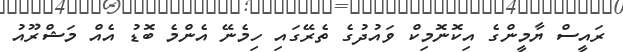
ރައީސް ޔާމީންގެ އިކޮނޮމިކް ވައުދުގެ ތެރޭގައި ހިމެނޭ އެންމެ ބޮޑު އެއް މަޝްރޫއު